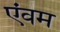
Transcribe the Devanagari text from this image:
एंवम